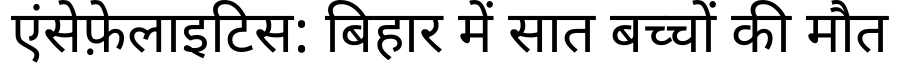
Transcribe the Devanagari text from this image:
एंसेफ़ेलाइटिस: बिहार में सात बच्चों की मौत